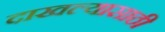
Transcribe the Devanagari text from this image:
दाखल्यासाठी